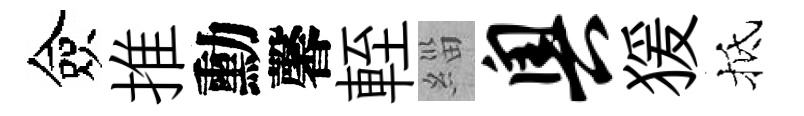
僉推勳馨輊緇奥猨抵